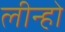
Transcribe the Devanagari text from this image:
लीन्‍हो